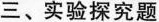
三、实验探究题